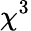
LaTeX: \chi^{3}